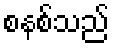
စနစ်သည်